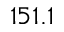
1 5 1 . 1